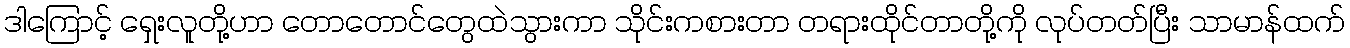
ဒါကြောင့် ရှေးလူတို့ဟာ တောတောင်တွေထဲသွားကာ သိုင်းကစားတာ တရားထိုင်တာတို့ကို လုပ်တတ်ပြီး သာမာန်ထက်